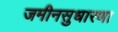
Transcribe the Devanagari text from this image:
जमीनसुधारणा